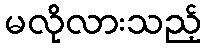
မလိုလားသည့်